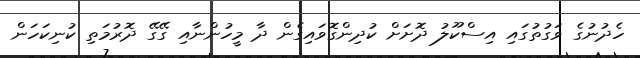
ހެދުނުގެ ވަގުތުގައި އިސްކޫލު ދޮށަށް ކުދިންގޮވައިގެން ދާ މީހުންނާއި ގޭގޭ ދޮރުމަތި ކުނިކަހަން